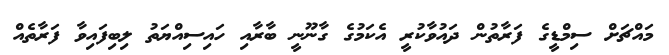
މައްޗަށް ސިމްޑީގެ ފަރާތުން ދައުވާކުރީ އެކަމުގެ ގާނޫނީ ބާރާއި ހައިސިއްޔަތު ލިބިފައިވާ ފަރާތެއް